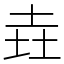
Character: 垚